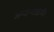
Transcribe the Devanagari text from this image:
अन्योन्यक्रियें।